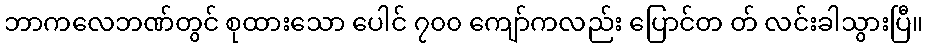
ဘာကလေဘဏ်တွင် စုထားသော ပေါင် ၇၀၀ ကျော်ကလည်း ပြောင်တ တ် လင်းခါသွားပြီ။